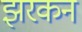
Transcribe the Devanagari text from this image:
झरकन